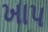
ખાપ